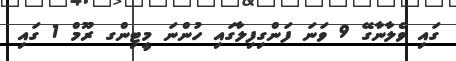
ގައި ވެލާނާގޭ 9 ވަނަ ފަންގިފިލާގައި ހުންނަ މީޓިންގ ރޫމް 1 ގައި